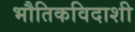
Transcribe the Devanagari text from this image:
भौतिकविदाशी